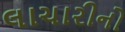
લાચારીનો